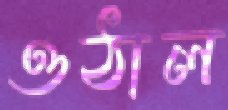
ওঠাল